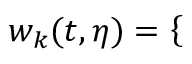
w _ { k } ( t , \eta ) = \left\{ \begin{array} { r l } \end{array} \right.